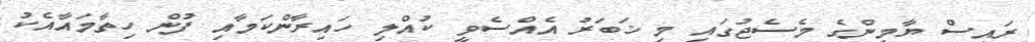
ރައީސް ޔާމީންގެ މެސެޖުގައި މި ޚަބަރު އެއްސެވީ ކުއްލި ހައިރާންކަމާއި ފުން ހިތާމައާއެކު